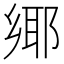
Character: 鄊